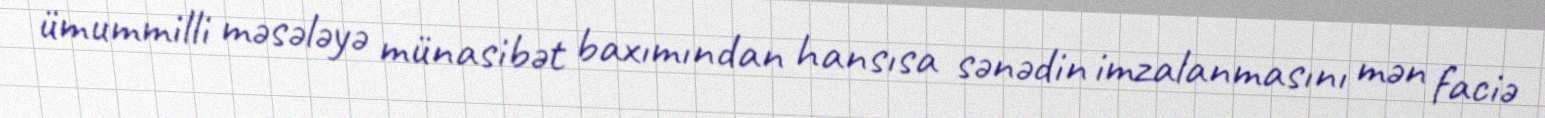
ümummilli məsələyə münasibət baxımından hansısa sənədin imzalanmasını mən faciə